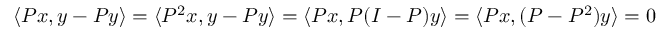
\langle P x , y - P y \rangle = \langle P ^ { 2 } x , y - P y \rangle = \langle P x , P ( I - P ) y \rangle = \langle P x , ( P - P ^ { 2 } ) y \rangle = 0